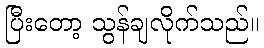
ပြီးတော့ သွန်ချလိုက်သည်။